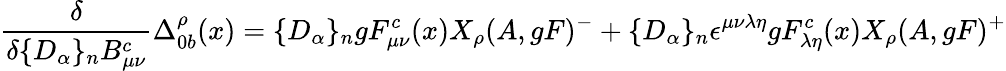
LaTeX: \frac{\delta}{\delta\{ D_{\alpha}\} _{n}B_{\mu\nu}^{c}}\Delta_{0b}^{\rho}(x)=\{ D_{\alpha}\} _{n}gF_{\mu\nu}^{c}(x)X_{\rho}(A,gF)^{-}+\{ D_{\alpha}\} _{n}\epsilon^{\mu\nu\lambda\eta}gF_{\lambda\eta}^{c}(x)X_{\rho}(A,gF)^{+}